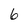
Character: 6